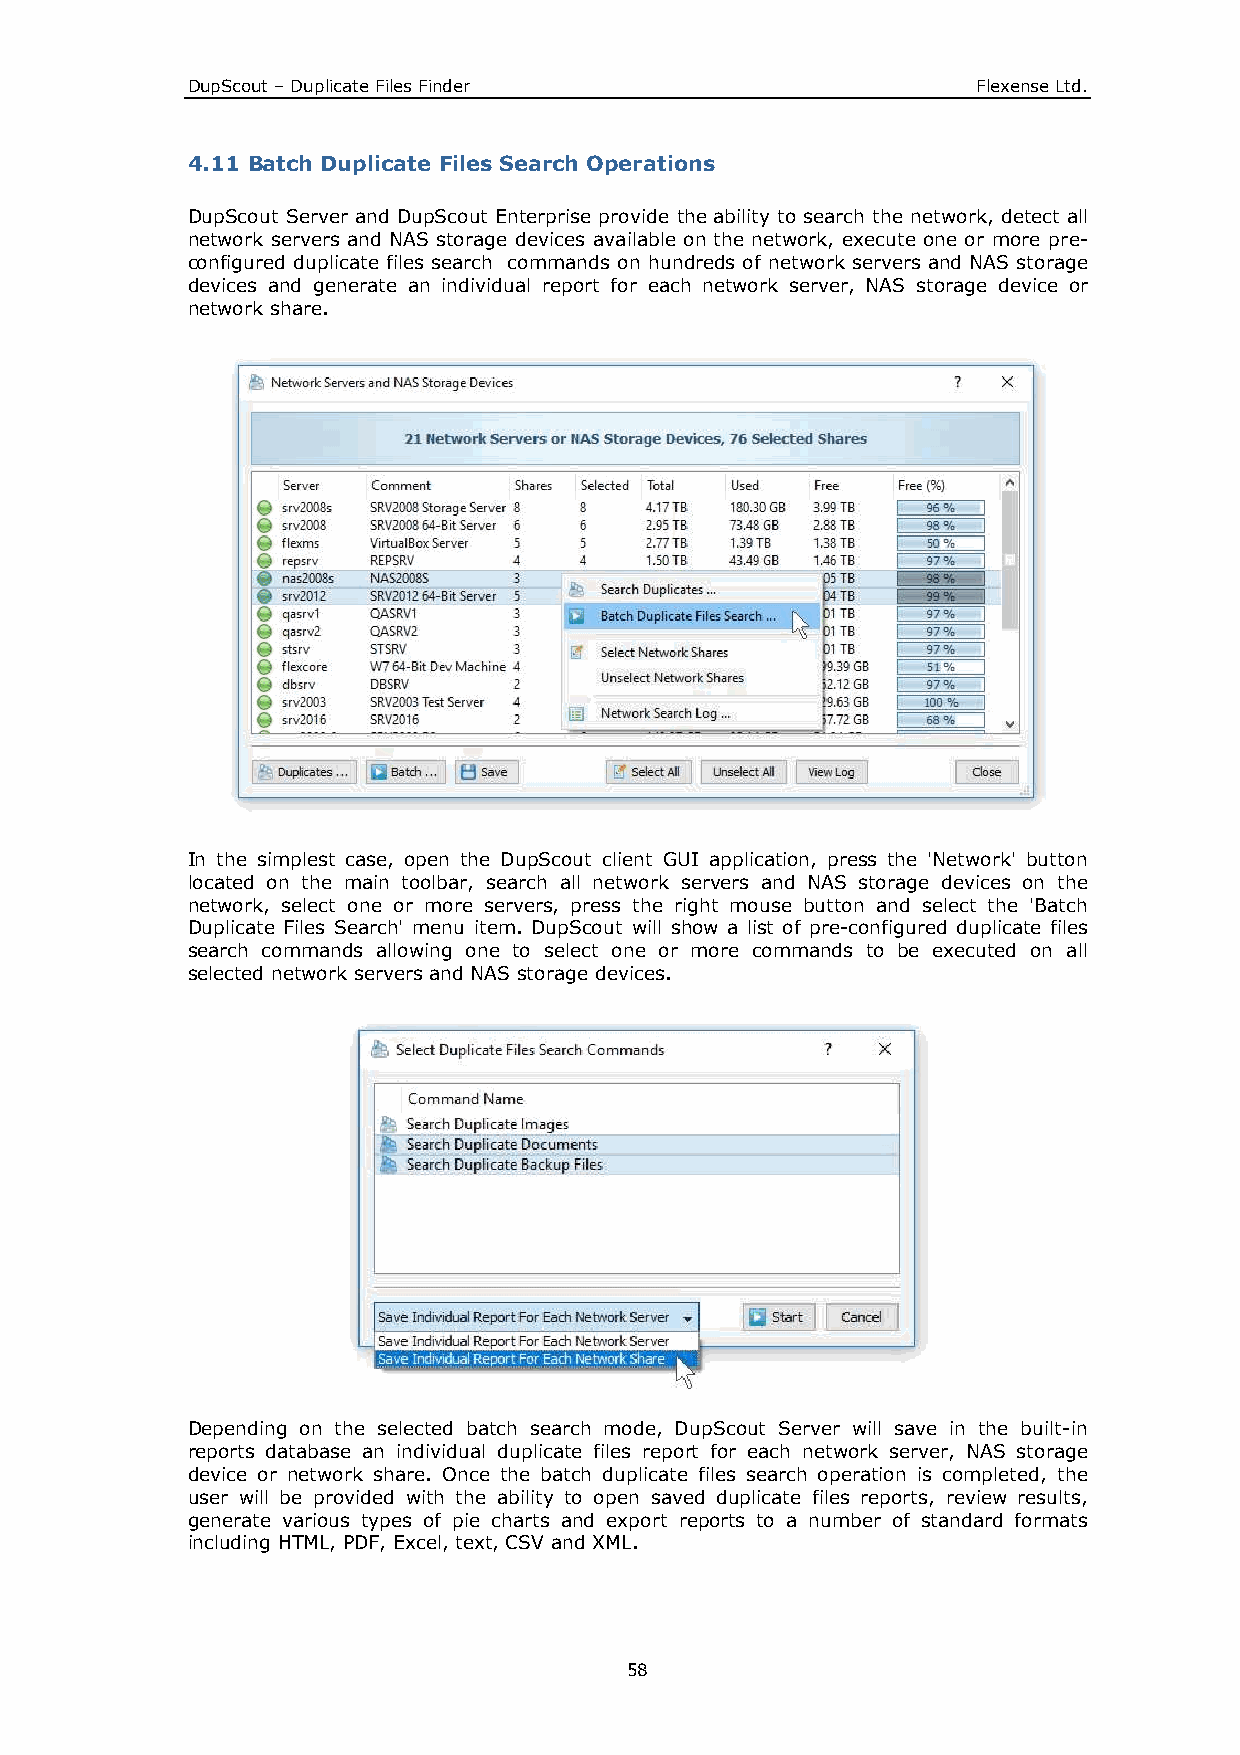
DupScout – Duplicate Files Finder                    Flexense Ltd.
 4.11 Batch Duplicate Files Search Operations
 DupScout Server and DupScout Enterprise provide the ability to search the network, detect all
 network servers and NAS storage devices available on the network, execute one or more pre-
 configured duplicate files search commands on hundreds of network servers and NAS storage
 devices and generate an individual report for each network server, NAS storage device or
 network share.
 In the simplest case, open the DupScout client GUI application, press the 'Network' button
 located on the main toolbar, search all network servers and NAS storage devices on the
 network, select one or more servers, press the right mouse button and select the 'Batch
 Duplicate Files Search' menu item. DupScout will show a list of pre-configured duplicate files
 search commands allowing one to select one or more commands to be executed on all
 selected network servers and NAS storage devices.
 Depending on the selected batch search mode, DupScout Server will save in the built-in
 reports database an individual duplicate files report for each network server, NAS storage
 device or network share. Once the batch duplicate files search operation is completed, the
 user will be provided with the ability to open saved duplicate files reports, review results,
 generate various types of pie charts and export reports to a number of standard formats
 including HTML, PDF, Excel, text, CSV and XML.
 58